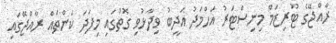
ރާއްޖޭގެ ޓޫރިޒަމް މިނިސްޓަރު އަހްމަދު އަދީބު ވިދާޅުވި ގޮތުގައި މިފަދަ ކަންތައް ރާއްޖޭގައި